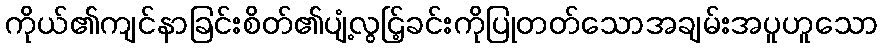
ကိုယ်၏ကျင်နာခြင်းစိတ်၏ပျံ့လွင်ြ့ခင်းကိုပြုတတ်သောအချမ်းအပူဟူသော